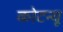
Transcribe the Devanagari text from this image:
कोटन्यू